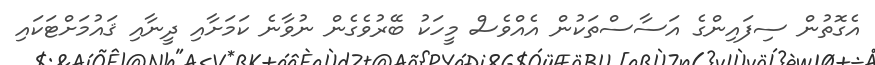
އެގޮތުން ސިފައިންގެ އަސާސްތަކުން އެއްވެސް މީހަކު ބޭރުވެގެން ނުވާނެ ކަމަށާއި ދީނާއި ޤައުމަށްޓަކައި